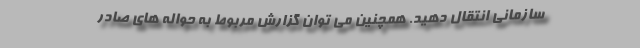
سازمانی انتقال دهید. همچنین می توان گزارش مربوط به حواله های صادر